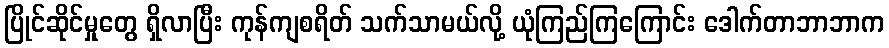
ပြိုင်ဆိုင်မှုတွေ ရှိလာပြီး ကုန်ကျစရိတ် သက်သာမယ်လို့ ယုံကြည်ကြကြောင်း ဒေါက်တာဘာဘာက